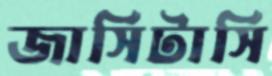
জার্সিটার্সি